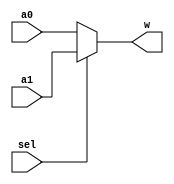
`timescale 1ns/1ns
module Multiplexer25bit2to1 (a0, a1, sel, w);
    input [24:0] a0, a1;
    input sel;
    output [24:0] w;

	assign w = ~sel ? a0 : a1;
endmodule

module pr_Register (clk, rst, ld, in, out);
    input clk, rst, ld;
    input [24:0] in;
    output reg [24:0] out;

	always @(posedge clk or posedge rst) begin
		if(rst) begin
			out <= 24'd0;
        end
		else begin
			if(ld == 1'b1) begin
                out <= in;
            end
		end
	end
endmodule

module Mapper (in, out);
    parameter N = 5;

    input [24:0] in;
    output [24:0] out;

    genvar i, j;

    generate
        for (i = 0; i < N; i = i+1) begin
          for (j = 0; j < N; j = j+1) begin
            assign out[(((j+2)%5))+(((((2*i)+(3*j))%5)+2)%5)*5] = in[((j+2)%5)*5+((i+2)%5)];
          end
        end
    endgenerate
endmodule

module pr_DP (in, clk, rst, sel, load , out);
    input [24:0] in;
    input clk, rst, sel, load;
    output [24:0] out;

    wire[24:0]registerIn, maperOut, registerOut;
    Multiplexer25bit2to1 mux(.a0(in), .a1(maperOut), .sel(sel), .w(registerIn));
    Mapper mapper(.in(registerOut), .out(maperOut));
    pr_Register register(.clk(clk), .rst(rst), .ld(load), .in(registerIn), .out(registerOut));
    assign out = registerOut;
endmodule